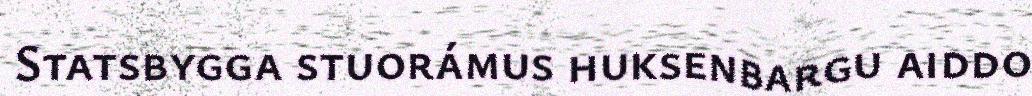
Statsbygga stuorámus huksenbargu aiddo